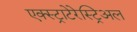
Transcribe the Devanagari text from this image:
एक्स्ट्राटेरेस्ट्रिअल